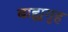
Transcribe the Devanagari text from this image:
बाह्यगृह